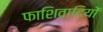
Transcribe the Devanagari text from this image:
फाशिवादियों